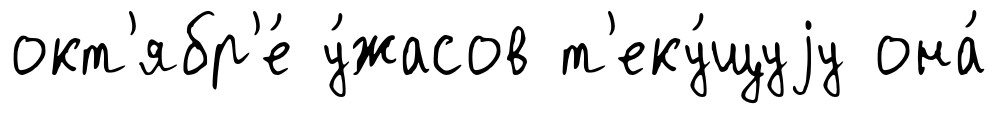
окт'ябр'е́ у́жасов т'еку́щуjу она́